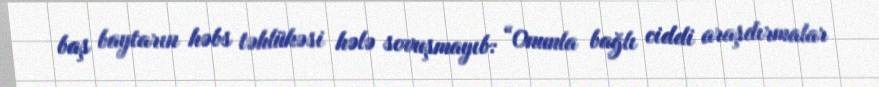
baş baytarın həbs təhlükəsi hələ sovuşmayıb: “Onunla bağlı ciddi araşdırmalar